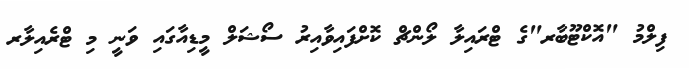
ފިލްމު "އޮކްޓޫބާރ"ގެ ޓްރައިލާ ލޯންޗް ކޮށްފައިވާއިރު ސޯޝަލް މީޑިއާގައި ވަނީ މި ޓްރެއިލާރ